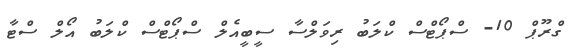
ގްރޫޕް 10- ސްޕޯޓްސް ކްލަބު ރިވަލްސާ ސީބީއެލް ސްޕޯޓްސް ކްލަބު އޯލް ސްޓާ